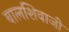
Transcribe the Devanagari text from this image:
बालशिवाजी